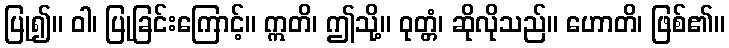
ပြု၍။ ဝါ၊ ပြုခြင်းကြောင့်။ ဣတိ၊ ဤသို့။ ဝုတ္တံ၊ ဆိုလိုသည်။ ဟောတိ၊ ဖြစ်၏။